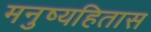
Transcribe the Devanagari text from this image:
मनुष्यहितास